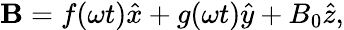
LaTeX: \begin{array}{r}{\textbf{B}=f(\omega t)\hat{x}+g(\omega t)\hat{y}+B_{0}\hat{z},}\end{array}